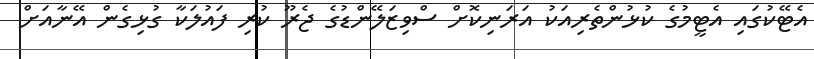
އެޓޭކުގައި އެޓީމުގެ ކުޅުންތެރިއަކު އަރަނިކޮށް ސްވިޒަލޭންޑުގެ ޖެރޫ ކުރި ފައުލަކާ ގުޅިގެން އޭނާއަށް